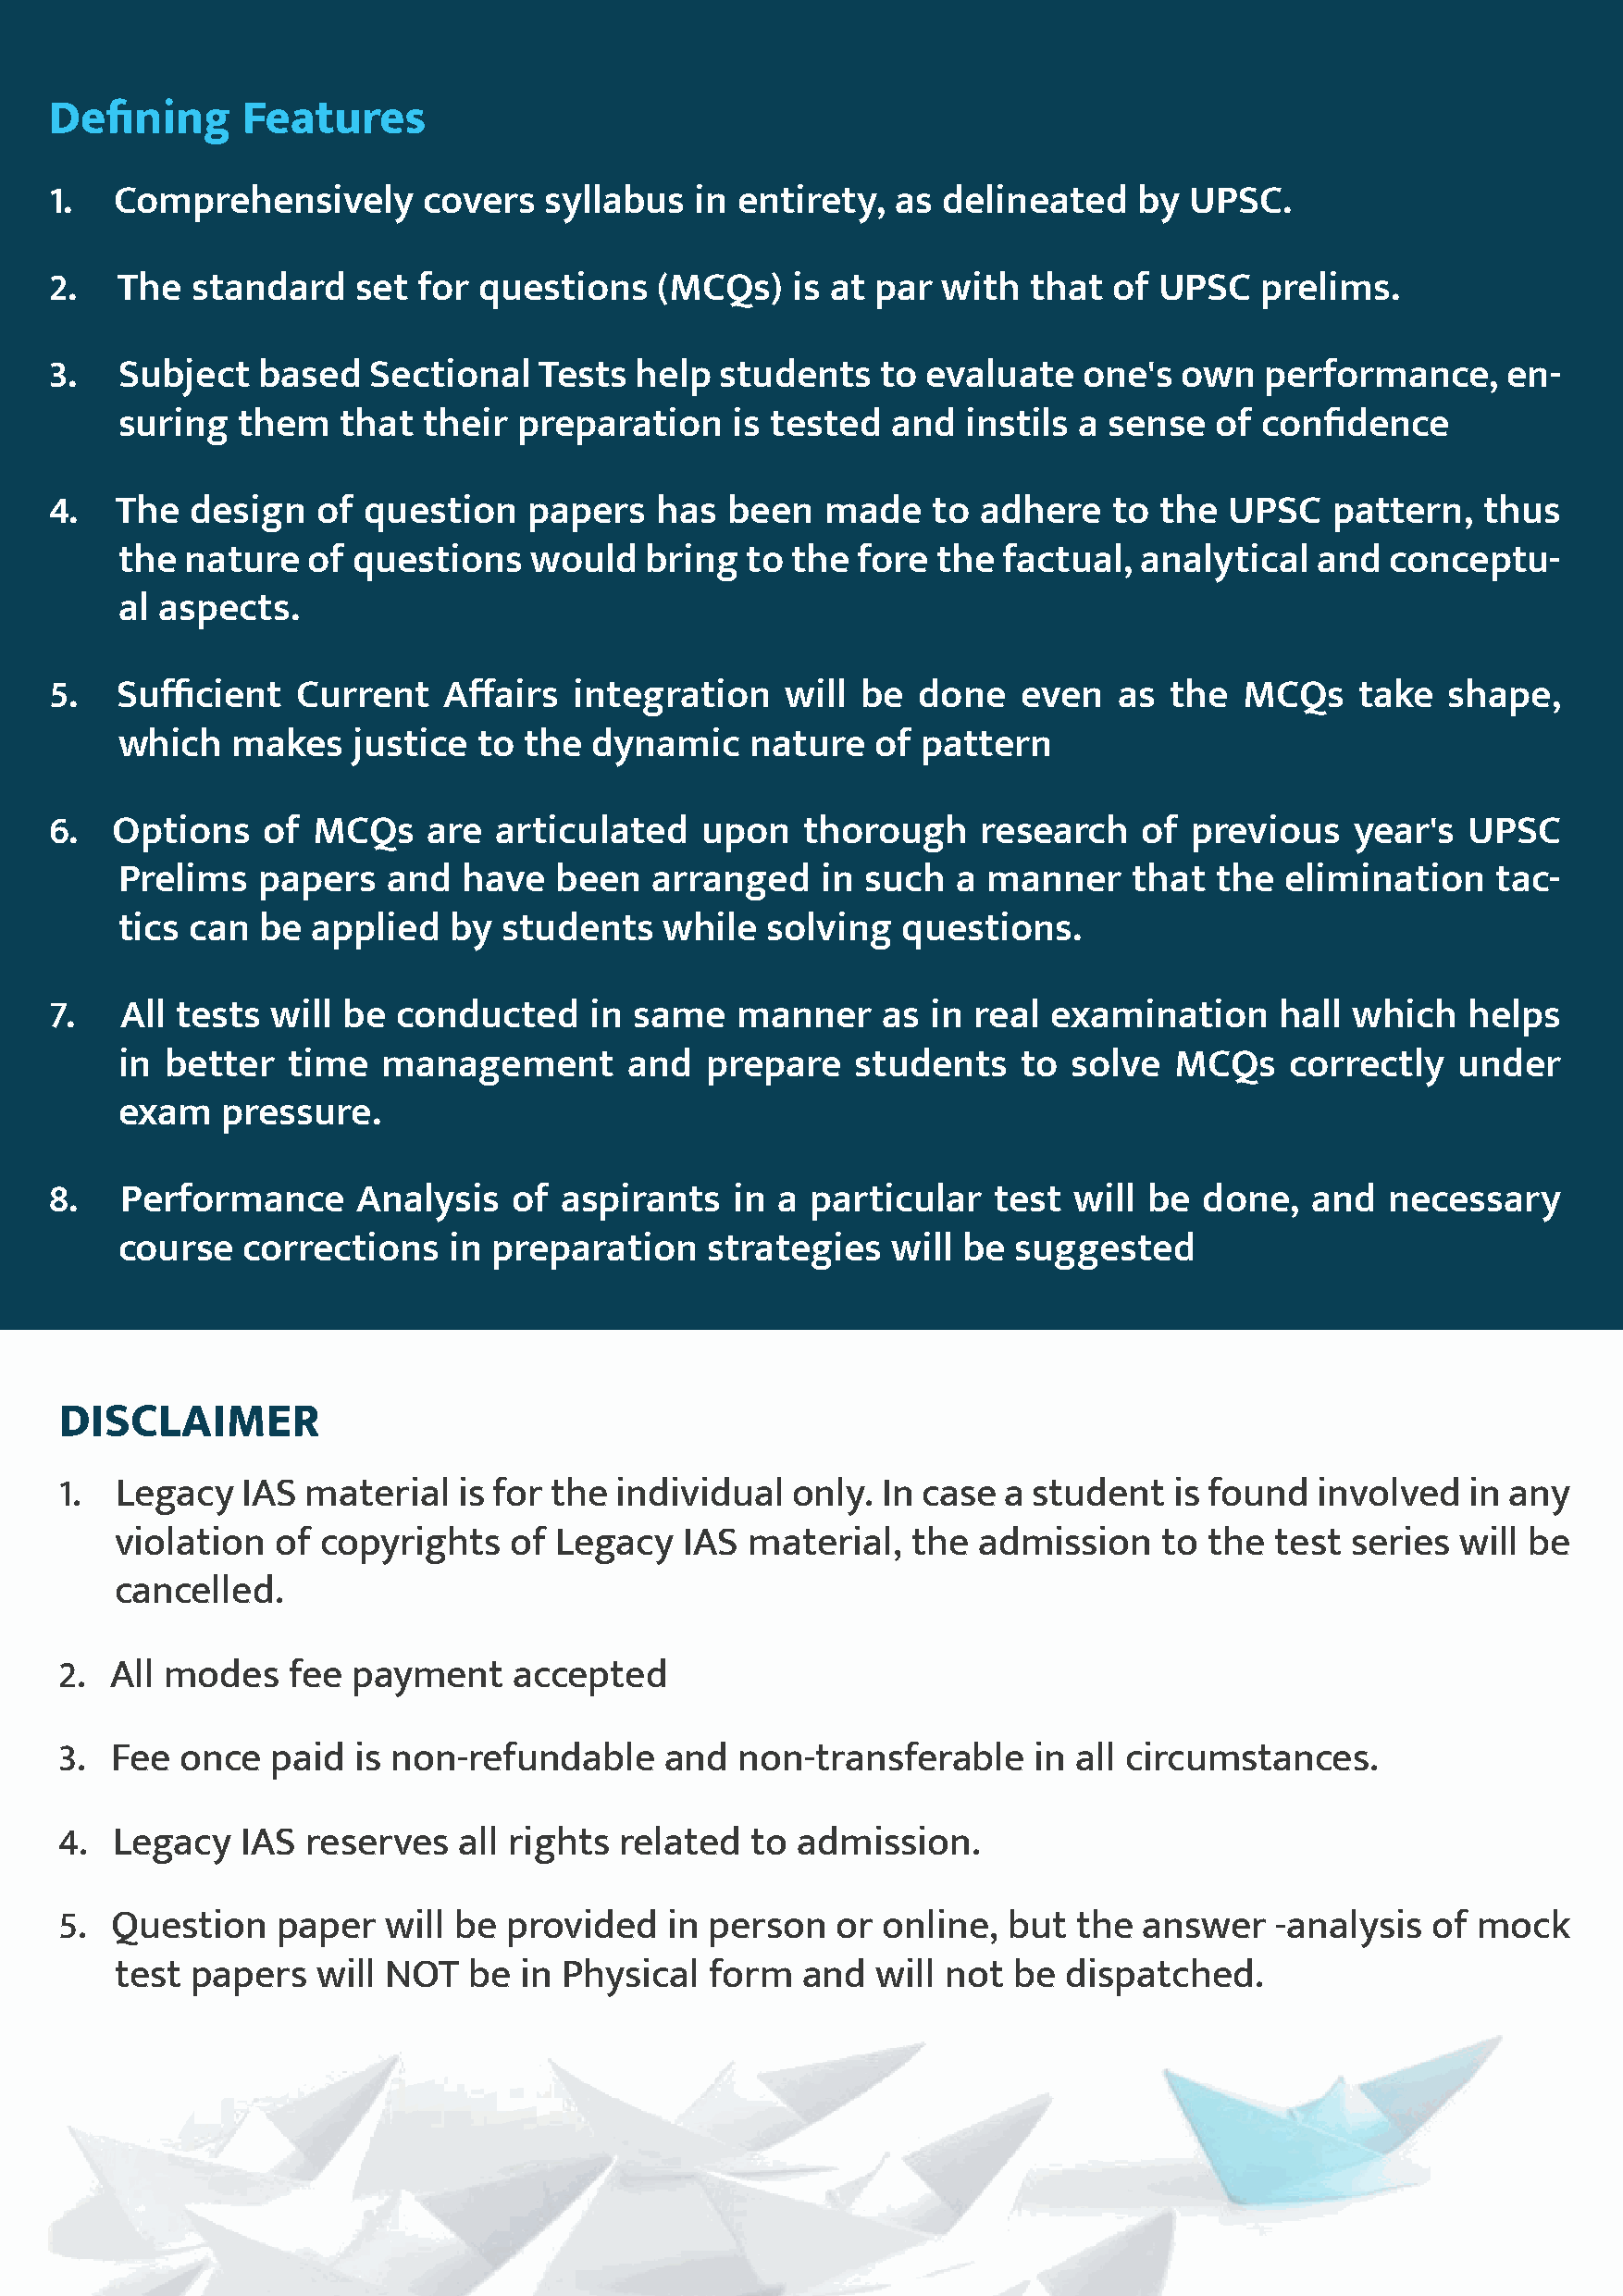
Defining      Features
 1.   Comprehensively       covers   syllabus   in entirety,  as delineated    by  UPSC.
 2.   The   standard   set  for questions    (MCQs)    is at par with   that  of UPSC   prelims.
 3.   Subject   based   Sectional    Tests help  students    to evaluate   one's   own  performance,      en-
 suring   them   that  their  preparation    is tested   and  instils a sense   of confidence
 4.   The   design   of question    papers   has  been   made    to adhere    to the  UPSC   pattern,   thus
 the  nature   of questions    would   bring  to  the fore  the  factual,  analytical  and  conceptu-
 al aspects.
 5.   Sufficient   Current    Affairs  integration    will  be  done   even   as  the  MCQs    take   shape,
 which    makes   justice  to the  dynamic     nature   of pattern
 6.   Options    of MCQs     are articulated    upon   thorough     research    of previous    year's  UPSC
 Prelims   papers    and  have   been   arranged    in such  a  manner    that  the  elimination    tac-
 tics  can  be applied   by  students   while   solving   questions.
 7.    All tests will  be conducted     in same    manner    as  in real examination      hall which   helps
 in  better   time  management        and  prepare    students    to  solve  MCQs    correctly   under
 exam    pressure.
 8.    Performance      Analysis   of aspirants   in  a particular   test  will be  done,   and  necessary
 course   corrections    in preparation     strategies   will be  suggested
 DISCLAIMER
 1.  Legacy   IAS  material   is for the individual   only. In case  a student   is found  involved   in any
 violation   of copyrights    of Legacy   IAS  material,  the  admission    to the  test  series will be
 cancelled.
 2.  All modes    fee payment     accepted
 3.  Fee  once  paid  is non-refundable      and  non-transferable     in all circumstances.
 4.  Legacy   IAS  reserves   all rights related   to admission.
 5.  Question    paper   will be provided    in person   or online,  but  the  answer   -analysis  of  mock
 test  papers   will NOT   be in Physical   form  and   will not be  dispatched.